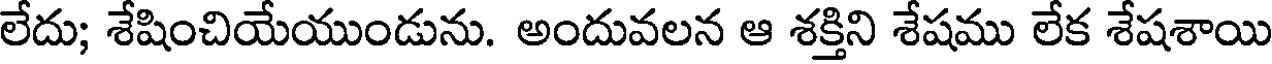
లేదు; శేషించియేయుండును. అందువలన ఆ శక్తిని శేషము లేక శేషశాయి